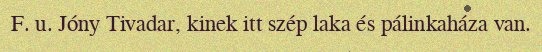
F. u. Jóny Tivadar, kinek itt szép laka és pálinkaháza van.